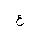
Letter: _ayn